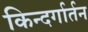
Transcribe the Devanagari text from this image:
किन्दर्गार्तन